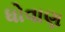
ધોવાણ